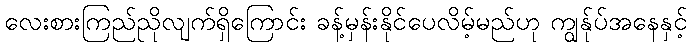
လေးစားကြည်ညိုလျက်ရှိကြောင်း ခန့်မှန်းနိုင်ပေလိမ့်မည်ဟု ကျွန်ုပ်အနေနှင့်